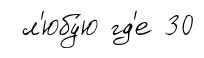
л'юбу́ю гд'е 30